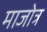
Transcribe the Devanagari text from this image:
माजोत्र